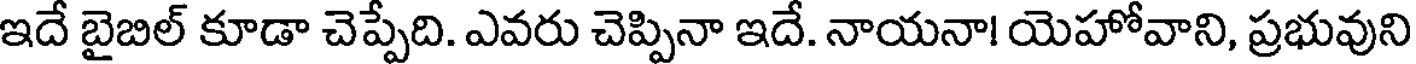
ఇదే బైబిల్ కూడా చెప్పేది. ఎవరు చెప్పినా ఇదే. నాయనా! యెహోవాని, ప్రభువుని